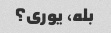
بله، یوری؟